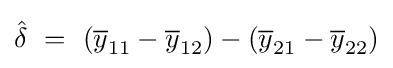
{\hat {\delta }}~=~({\overline {y}}_{11}-{\overline {y}}_{12})-({\overline {y}}_{21}-{\overline {y}}_{22})